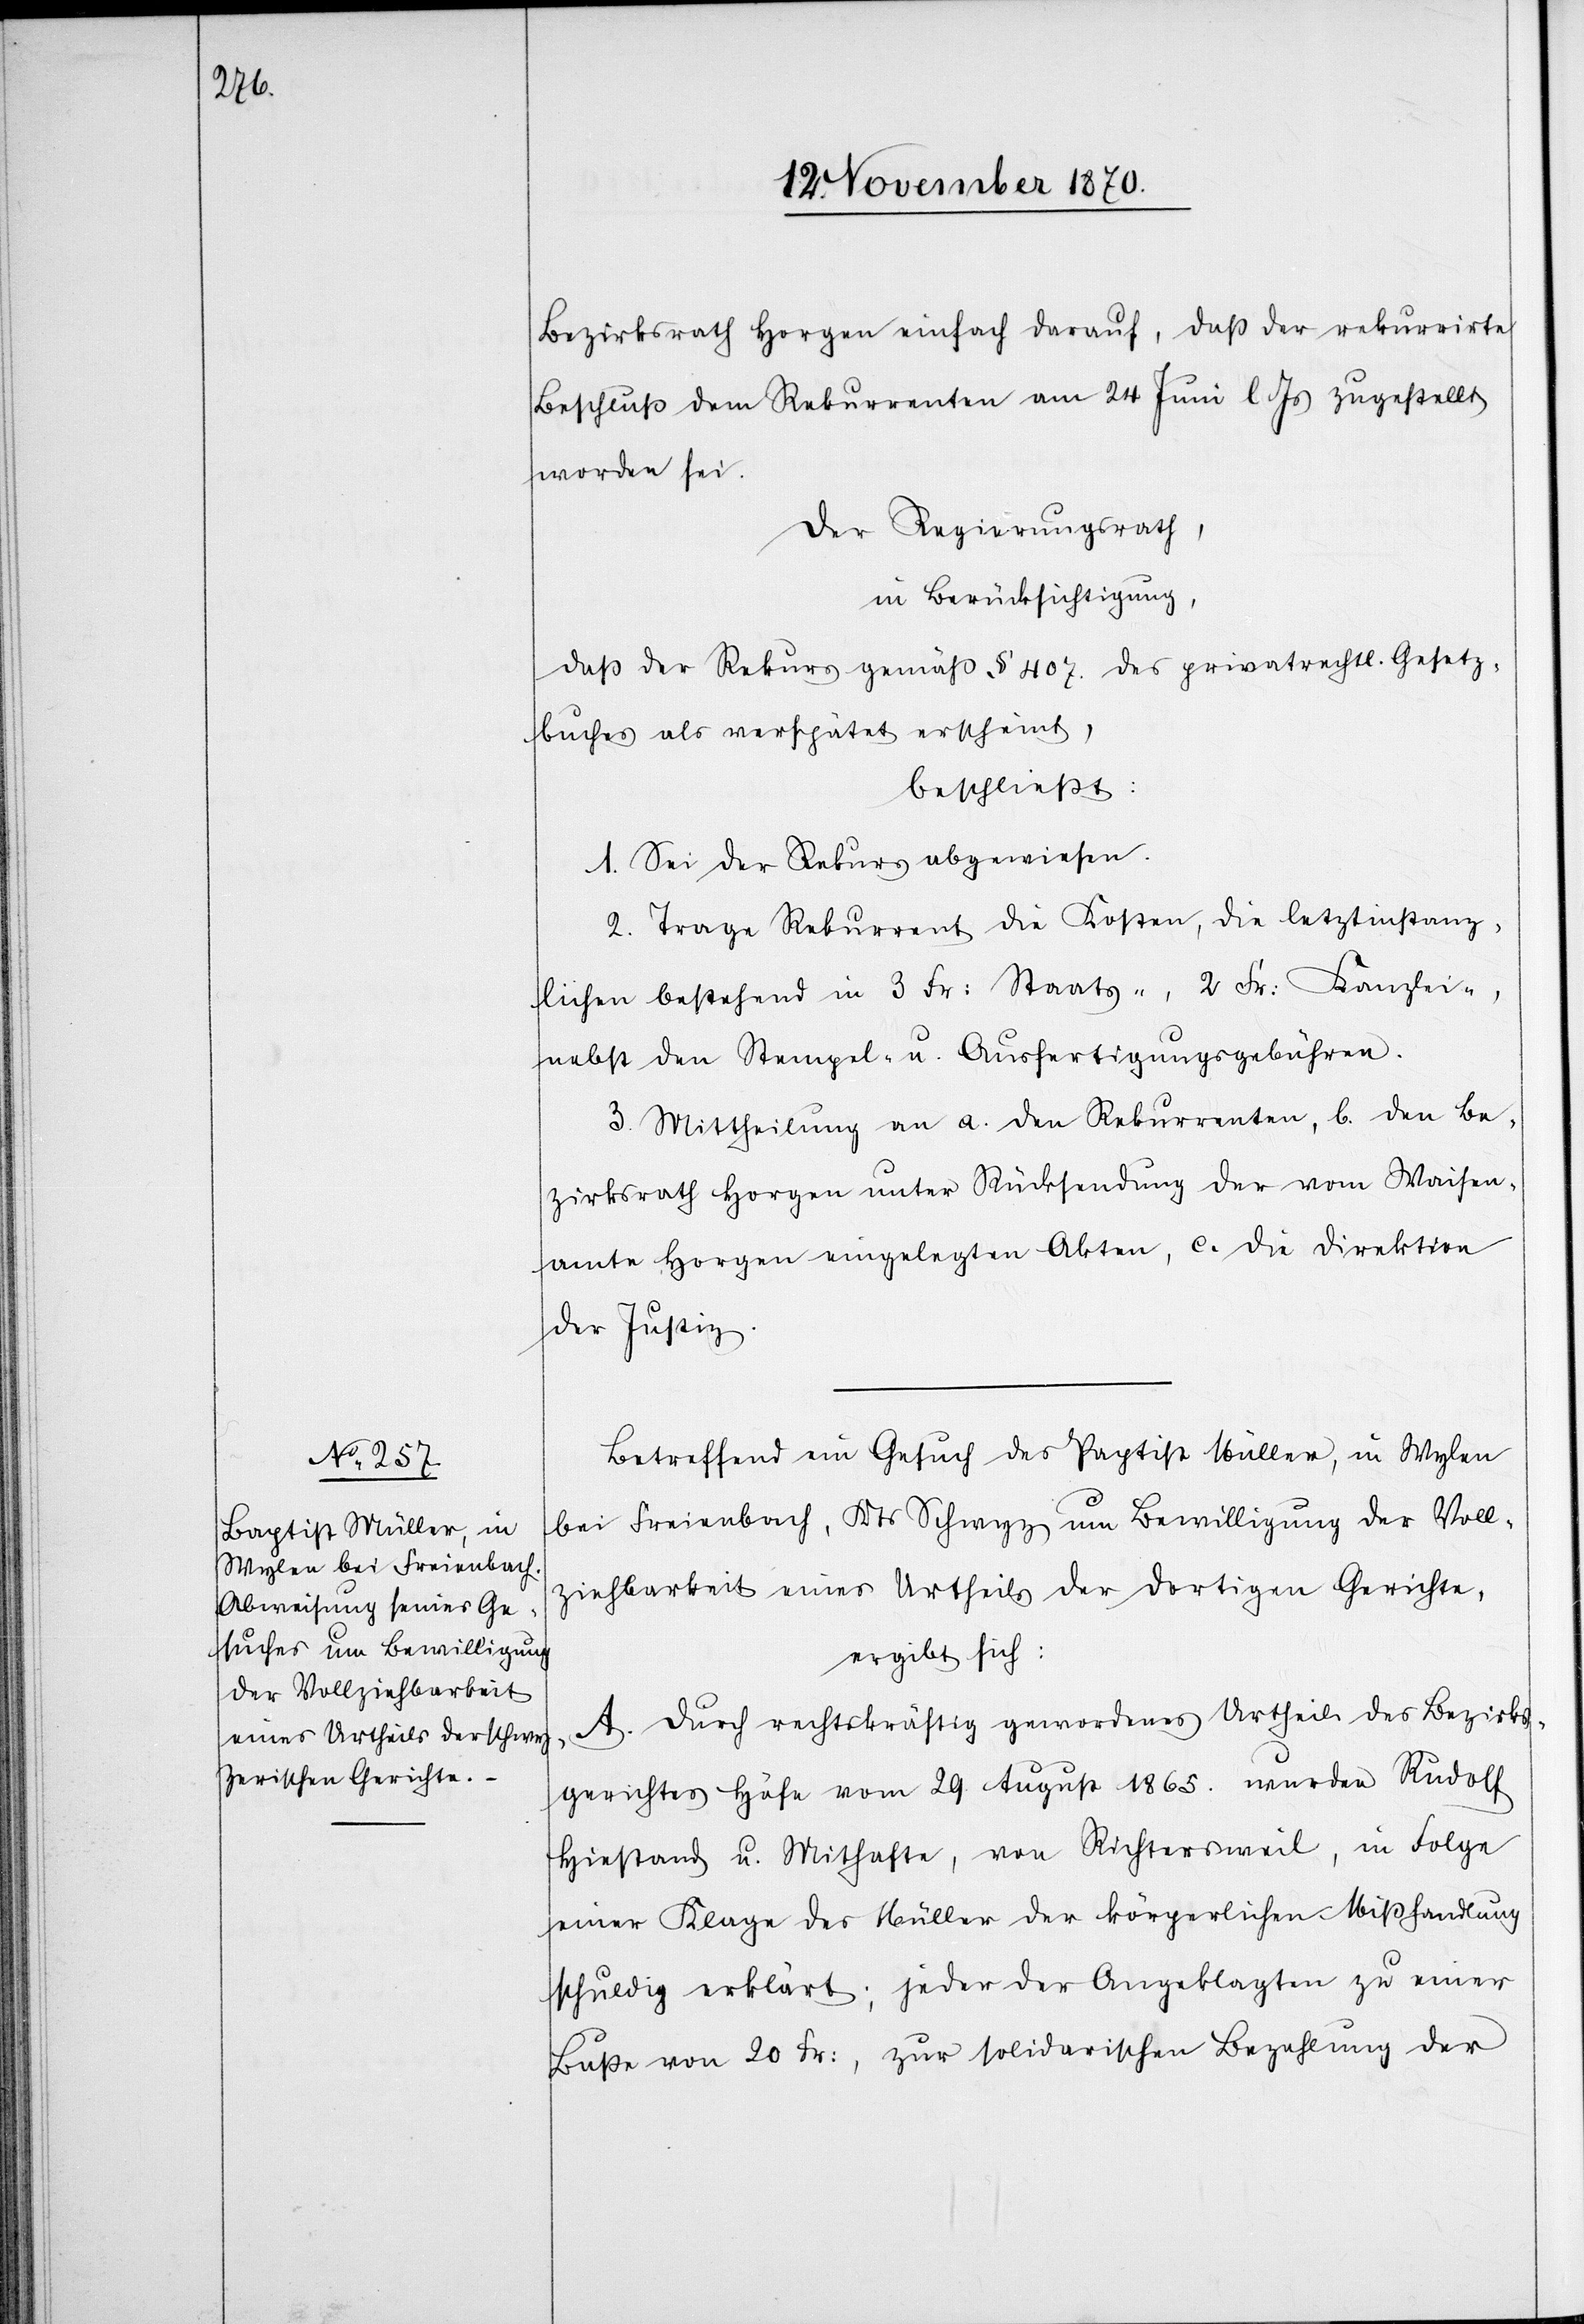
Bezirksrath Horgen einfach darauf, daß der rekurrirte
Beschluß dem Rekurrenten am 24 Juni l. Js. zugestellt
worden sei.
Der Regierungsrath,
in Berücksichtigung,
da der Rekurs gemäß § 407. des privatrechtl. Gesetz¬
buches als verschätzt erscheint,
beschließt:
1. Sei der Rekurs abgewiesen.
2. Trage Rekurrent die Kosten, die letztinstanz¬
lichen bestehend in 3 Fr: Staats-, 2 Fr: Kanzlei-.
nebst den Stempel- u. Ausfertigungsgebühren.
3. Mittheilung an a. den Rekurrenten, b. den Be¬
zirksrath Horgen unter Rücksendung der vom Waisen¬
amte Horgen eingelegten Akten, c. die Direktion
der Justiz.
Betreffend ein Gesuch des Baptist Müller, in Wylen
bei Freienbach, Kts. Schwyz um Bewilligung der Voll¬
ziehbarkeit eines Urtheils der dortigen Gerichte,
ergibt sich:
A. Durch rechtskräftig gewordenes Urtheil des Bezirks¬
gerichtes Höfe vom 29 August 1865. wurden Rudolf
Hiestand u. Mithafte, von Richtersweil, in Folge
einer Klage des Müller der körperlichen Misshandlung
schuldig erklärt; jeder der Angeklagten zu einer
Buße von 20 Fr:, zur solidarischen Bezahlung der